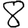
Digit: 8